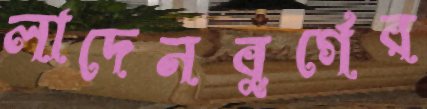
লাদেনবুর্গের